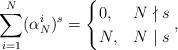
LaTeX: \begin{align*} \sum_{i=1}^N(\alpha_N^i)^s= \begin{cases} 0, &N\nmid s \\ N,& N \mid s\end{cases},\end{align*}